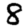
Digit: 8